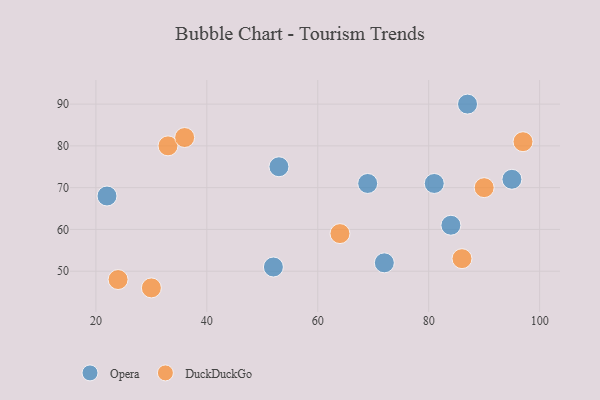
{"axis": {"x": "GDP", "y": "Life Expectancy"}, "legend": ["DuckDuckGo", "Opera"], "data": [{"x": "53", "y": 75, "type": "Opera"}, {"x": "69", "y": 71, "type": "Opera"}, {"x": "84", "y": 61, "type": "Opera"}, {"x": "52", "y": 51, "type": "Opera"}, {"x": "81", "y": 71, "type": "Opera"}, {"x": "87", "y": 90, "type": "Opera"}, {"x": "72", "y": 52, "type": "Opera"}, {"x": "95", "y": 72, "type": "Opera"}, {"x": "22", "y": 68, "type": "Opera"}, {"x": "86", "y": 53, "type": "DuckDuckGo"}, {"x": "30", "y": 46, "type": "DuckDuckGo"}, {"x": "90", "y": 70, "type": "DuckDuckGo"}, {"x": "64", "y": 59, "type": "DuckDuckGo"}, {"x": "33", "y": 80, "type": "DuckDuckGo"}, {"x": "97", "y": 81, "type": "DuckDuckGo"}, {"x": "36", "y": 82, "type": "DuckDuckGo"}, {"x": "24", "y": 48, "type": "DuckDuckGo"}]}